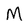
Character: M